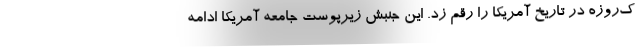
ک‌روزه در تاریخ آمریکا را رقم زد. این جنبش زیرپوست جامعه آمریکا ادامه